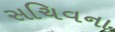
સચિવના